Leaving Certificate Examination (including Day School Certificate (Higher) General paper), 1926
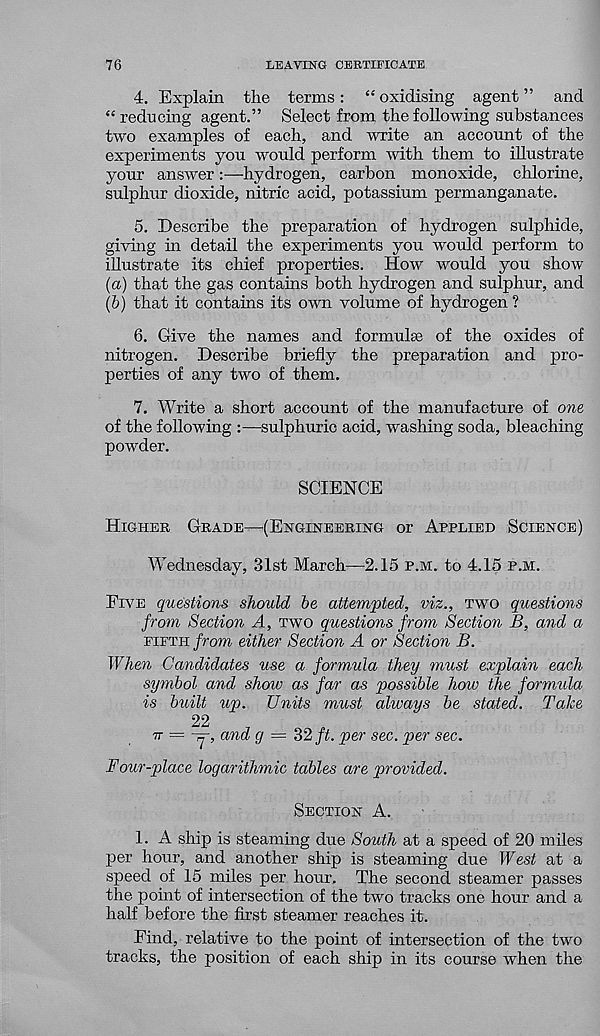
76
LEAVING CERTIFICATE
4. Explain the terms: “ oxidising agent ” and
“ reducmg agent.” Select from the following substances
two examples of each, and write an account of the
experiments you would perform with them to illustrate
your answer:—hydrogen, carbon monoxide, chlorine,
sulphur dioxide, nitric acid, potassium permanganate.
5. Describe the preparation of hydrogen sulphide,
giving in detail the experiments you would perform to
illustrate its chief properties. How would you show
(a) that the gas contains both hydrogen and sulphur, and
(b) that it contains its own volume of hydrogen ?
6. Give the names and formulae of the oxides of
nitrogen. Describe briefly the preparation and pro-
perties of any two of them.
7. Write a short account of the manufacture of one
of the following :—sulphuric acid, washing soda, bleaching
powder.
SCIENCE
Higher Grade—(Engineering or Applied Science)
Wednesday, 31st March—2.15 p.m. to 4.15 p.m.
Five questions should be attempted, viz., two questions
from Section A, two questions from Section B, and a
fipth from either Section A or Section B.
When Candidates use a formula they must explain each
symbol and show as far as possible how the formula
is built tip. Units must always be stated. Take
22
tt = -y, and g = 32 ft. per sec. per sec.
F our-place logarithmic tables are provided.
Section A.
1. A ship is steaming due South at a speed of 20 miles
per hour, and another ship is steaming due West at a
speed of 15 miles per hour. The second steamer passes
the point of intersection of the two tracks one hour and a
half before the first steamer reaches it.
Find, relative to the point of intersection of the tw r o
tracks, the position of each ship in its course when the